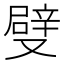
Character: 𠮃